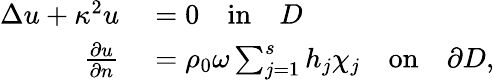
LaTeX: \begin{array}{rl}{\Delta u+\kappa^{2}u}&{{}=0\quad\mathrm{in}\quad D}\\ {\frac{\partial u}{\partial n}}&{{}=\rho_{0}\omega\sum_{j=1}^{s}h_{j}\chi_{j}\quad\mathrm{on}\quad\partial D,}\end{array}